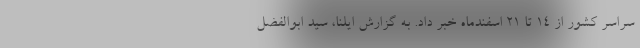
سراسر کشور از ۱۴ تا ۲۱ اسفندماه خبر داد. به گزارش ایلنا، سید ابوالفضل